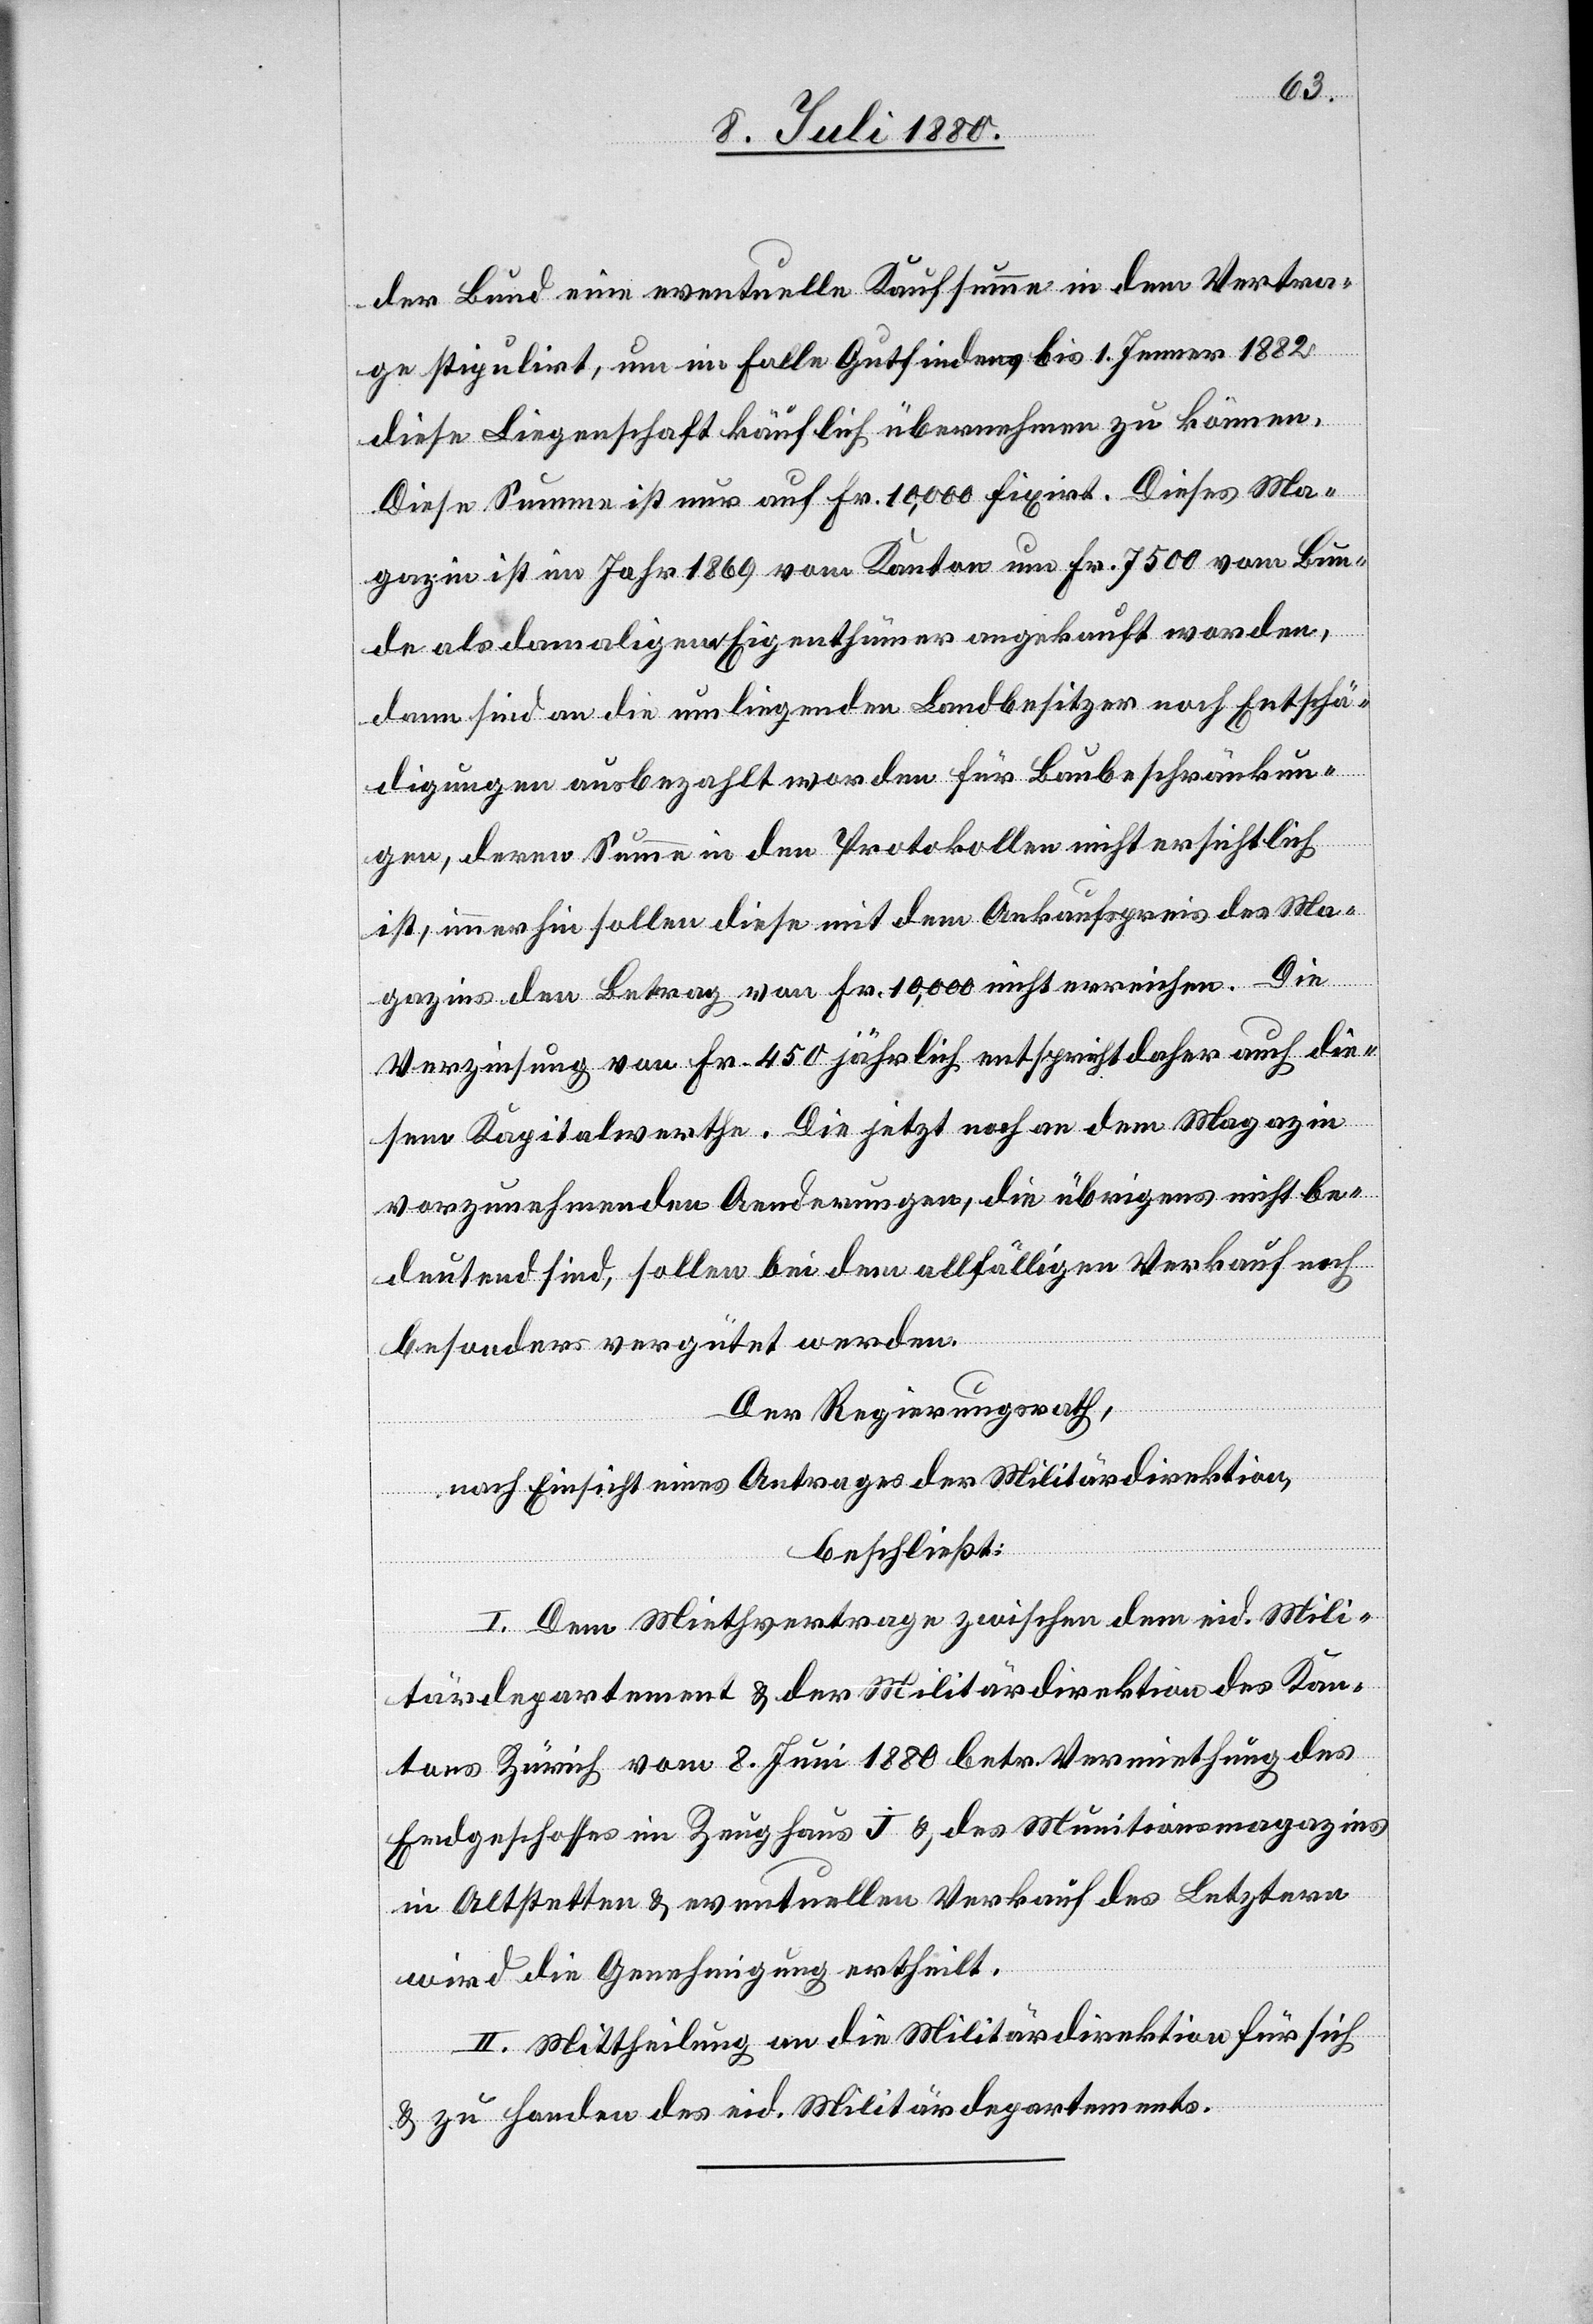
der Bund eine eventuelle Kaufsumme in dem Vertra¬
ge stipulirt, um im Falle Gutfindens bis 1. Jenner 1882
diese Liegenschaft käuflich übernehmen zu können.
Diese Summe ist nur auf Fr. 10,000 fixirt. Dieses Ma¬
gazin ist im Jahr 1869 vom Kanton um Fr. 7500 vom Bun¬
de als damaligem Eigenthümer angekauft worden,
dann sind an die umliegenden Landbesitzer noch Entschä¬
digungen ausbezahlt worden für Baubeschränkun¬
gen, deren Summe in den Protokollen nicht ersichtlich
ist, immerhin sollen diese mit dem Ankaufspreis des Ma¬
gazins den Betrag von Fr. 10,000 nicht erreichen. Die
Verzinsung von Fr. 450 jährlich entspricht daher auch die¬
sem Kapitalwerthe. Die jetzt noch an dem Magazin
vorzunehmenden Aenderungen, die übrigens nicht be¬
deutend sind, sollen bei dem allfälligen Verkauf noch
besonders vergütet werden.
Der Regierungsrath,
nach Einsicht eines Antrages der Militärdirektion,
beschließt:
I. Dem Miethvertrage zwischen dem eid. Mili¬
tärdepartement & der Militärdirektion des Kan¬
tons Zürich vom 8. Juni 1880 betr. Vermiethung des
Erdgeschosses im Zeughaus J & des Munitionsmagazins
in Altstetten & eventuellen Verkauf des Letztern
wird die Genehmigung ertheilt.
II. Mittheilung an die Militärdirektion für sich
& zu Handen des eid. Militrädepartements.